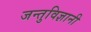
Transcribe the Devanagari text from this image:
जन्तुविज्ञानी